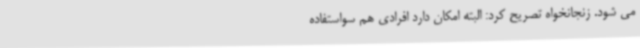
می شود. زنجانخواه تصریح کرد: البته امکان دارد افرادی هم سواستفاده